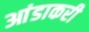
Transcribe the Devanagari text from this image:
आंडाकरी